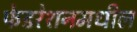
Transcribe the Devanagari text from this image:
फेडरेशनमधील